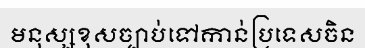
មនុស្សខុសច្បាប់ទៅកាន់ប្រទេសចិន